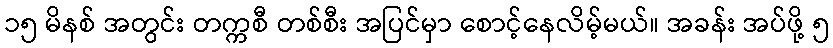
၁၅ မိနစ် အတွင်း တက္ကစီ တစ်စီး အပြင်မှာ စောင့်နေလိမ့်မယ်။ အခန်း အပ်ဖို့ ၅